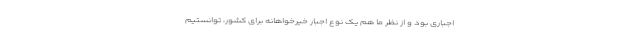
اجباری بود و از نظر ما هم یک نوع اجبار خیرخواهانه برای کشور، توانستیم